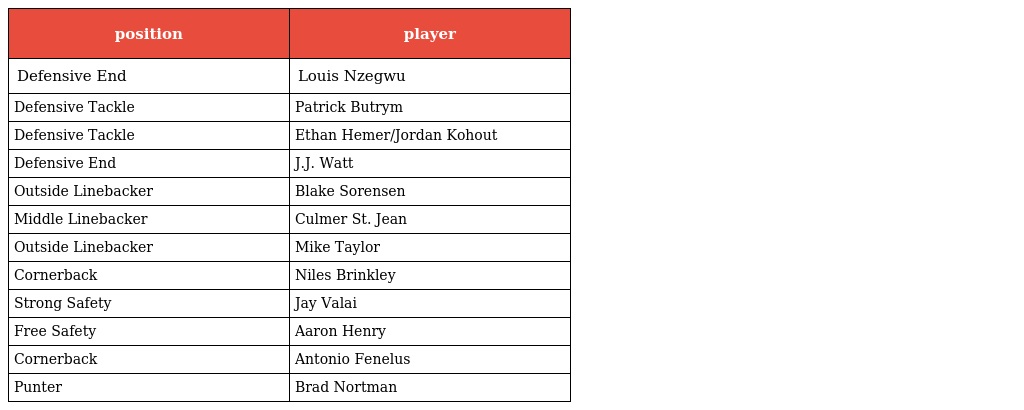
| position | player |
 | --- | --- |
 | Defensive End | Louis Nzegwu |
 | Defensive Tackle | Patrick Butrym |
 | Defensive Tackle | Ethan Hemer/Jordan Kohout |
 | Defensive End | J.J. Watt |
 | Outside Linebacker | Blake Sorensen |
 | Middle Linebacker | Culmer St. Jean |
 | Outside Linebacker | Mike Taylor |
 | Cornerback | Niles Brinkley |
 | Strong Safety | Jay Valai |
 | Free Safety | Aaron Henry |
 | Cornerback | Antonio Fenelus |
 | Punter | Brad Nortman |